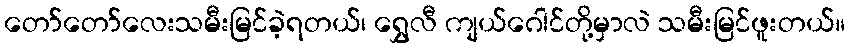
တော်တော်လေးသမီးမြင်ခဲ့ရတယ်၊ ရွှေလီ ကျယ်ဂေါင်တို့မှာလဲ သမီးမြင်ဖူးတယ်။